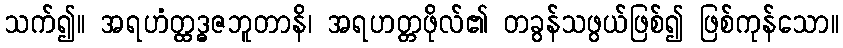
သက်၍။ အရဟံတ္ထဒ္ဓဇဘူတာနိ၊ အရဟတ္တဖိုလ်၏ တခွန်သဖွယ်ဖြစ်၍ ဖြစ်ကုန်သော။